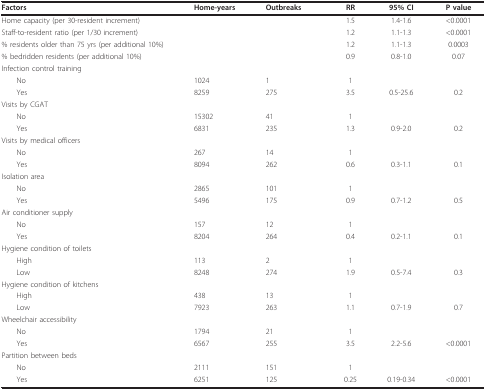
<table><thead><tr><td><b>Factors</b></td><td><b>Home-years</b></td><td><b>Outbreaks</b></td><td><b>RR</b></td><td><b>95% CI</b></td><td><b>P value</b></td></tr></thead><tbody><tr><td>Home capacity (per 30-resident increment)</td><td></td><td></td><td>1.5</td><td>1.4-1.6</td><td>&lt;0.0001</td></tr><tr><td>Staff-to-resident ratio (per 1/30 increment)</td><td></td><td></td><td>1.2</td><td>1.1-1.3</td><td>&lt;0.0001</td></tr><tr><td>% residents older than 75 yrs (per additional 10%)</td><td></td><td></td><td>1.2</td><td>1.1-1.3</td><td>0.0003</td></tr><tr><td>% bedridden residents (per additional 10%)</td><td></td><td></td><td>0.9</td><td>0.8-1.0</td><td>0.07</td></tr><tr><td>Infection control training</td><td></td><td></td><td></td><td></td><td></td></tr><tr><td> No</td><td>1024</td><td>1</td><td>1</td><td></td><td></td></tr><tr><td> Yes</td><td>8259</td><td>275</td><td>3.5</td><td>0.5-25.6</td><td>0.2</td></tr><tr><td>Visits by CGAT</td><td></td><td></td><td></td><td></td><td></td></tr><tr><td> No</td><td>15302</td><td>41</td><td>1</td><td></td><td></td></tr><tr><td> Yes</td><td>6831</td><td>235</td><td>1.3</td><td>0.9-2.0</td><td>0.2</td></tr><tr><td>Visits by medical officers</td><td></td><td></td><td></td><td></td><td></td></tr><tr><td> No</td><td>267</td><td>14</td><td>1</td><td></td><td></td></tr><tr><td> Yes</td><td>8094</td><td>262</td><td>0.6</td><td>0.3-1.1</td><td>0.1</td></tr><tr><td>Isolation area</td><td></td><td></td><td></td><td></td><td></td></tr><tr><td> No</td><td>2865</td><td>101</td><td>1</td><td></td><td></td></tr><tr><td> Yes</td><td>5496</td><td>175</td><td>0.9</td><td>0.7-1.2</td><td>0.5</td></tr><tr><td>Air conditioner supply</td><td></td><td></td><td></td><td></td><td></td></tr><tr><td> No</td><td>157</td><td>12</td><td>1</td><td></td><td></td></tr><tr><td> Yes</td><td>8204</td><td>264</td><td>0.4</td><td>0.2-1.1</td><td>0.1</td></tr><tr><td>Hygiene condition of toilets</td><td></td><td></td><td></td><td></td><td></td></tr><tr><td> High</td><td>113</td><td>2</td><td>1</td><td></td><td></td></tr><tr><td> Low</td><td>8248</td><td>274</td><td>1.9</td><td>0.5-7.4</td><td>0.3</td></tr><tr><td>Hygiene condition of kitchens</td><td></td><td></td><td></td><td></td><td></td></tr><tr><td> High</td><td>438</td><td>13</td><td>1</td><td></td><td></td></tr><tr><td> Low</td><td>7923</td><td>263</td><td>1.1</td><td>0.7-1.9</td><td>0.7</td></tr><tr><td>Wheelchair accessibility</td><td></td><td></td><td></td><td></td><td></td></tr><tr><td> No</td><td>1794</td><td>21</td><td>1</td><td></td><td></td></tr><tr><td> Yes</td><td>6567</td><td>255</td><td>3.5</td><td>2.2-5.6</td><td>&lt;0.0001</td></tr><tr><td>Partition between beds</td><td></td><td></td><td></td><td></td><td></td></tr><tr><td> No</td><td>2111</td><td>151</td><td>1</td><td></td><td></td></tr><tr><td> Yes</td><td>6251</td><td>125</td><td>0.25</td><td>0.19-0.34</td><td>&lt;0.0001</td></tr></tbody></table>